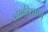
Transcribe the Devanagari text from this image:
शख़रिस्तान